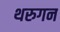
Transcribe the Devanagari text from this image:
थरुगन